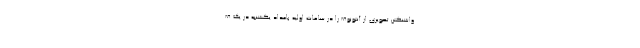
واشنگتن تصویری از آنتونوف را در ساعات اولیه بامداد یکشنبه در یک ف